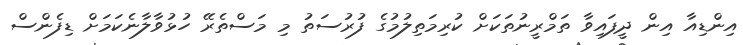
އިންޑިއާ އިން ދީފައިވާ ތަމްރީނުތަކަށް ކުރިމަތިލުމުގެ ފުރުސަތު މި މަސްތެރޭ ހުޅުވާލާނެކަމަށް ޑިފެންސް